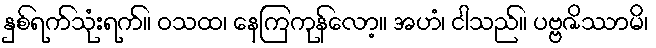
နှစ်ရက်သုံးရက်။ ဝသထ၊ နေကြကုန်လော့။ အဟံ၊ ငါသည်။ ပဗ္ဗဇိဿာမိ၊